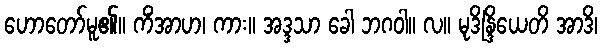
ဟောတော်မူ၏။ ကိံအာဟ၊ ကား။ အဒ္ဒသာ ခေါ ဘဂဝါ။ လ။ မုဒိန္ဒြိယေတိ အာဒိ၊